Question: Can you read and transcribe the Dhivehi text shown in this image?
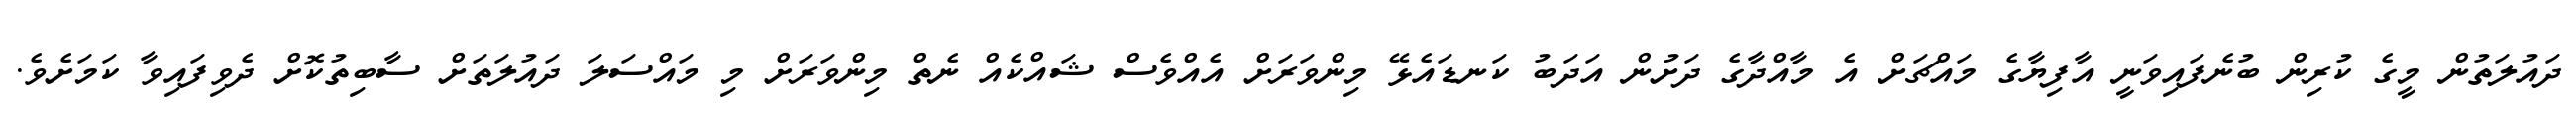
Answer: ދައުލަތުން މީގެ ކުރިން ބުނެފައިވަނީ އާފިޔާގެ މައްޗަށް އެ މާއްދާގެ ދަށުން އަދަބު ކަނޑައެޅޭ މިންވަރަށް އެއްވެސް ޝައްކެއް ނެތް މިންވަރަށް މި މައްސަލަ ދައުލަތަށް ސާބިތުކޮށް ދެވިފައިވާ ކަމަށެވެ.